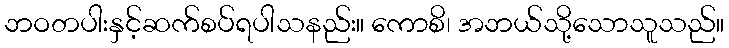
ဘဝတပါးနှင့်ဆက်စပ်ရပါသနည်း။ ကောစိ၊ အဘယ်သို့သောသူသည်။